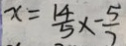
x = \frac { 1 4 } { 5 } x - \frac { 5 } { 7 }